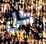
كل